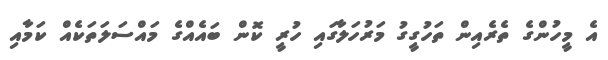
އެ މީހުންގެ ތެރެއިން ތަހުގީގު މަރުހަލާގައި ހުރީ ކޮން ބައެއްގެ މައްސަލަތަކެއް ކަމާއި